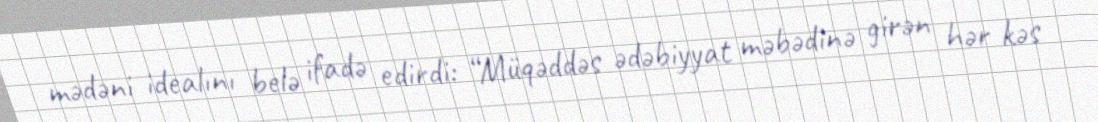
mədəni idealını belə ifadə edirdi: “Müqəddəs ədəbiyyat məbədinə girən hər kəs